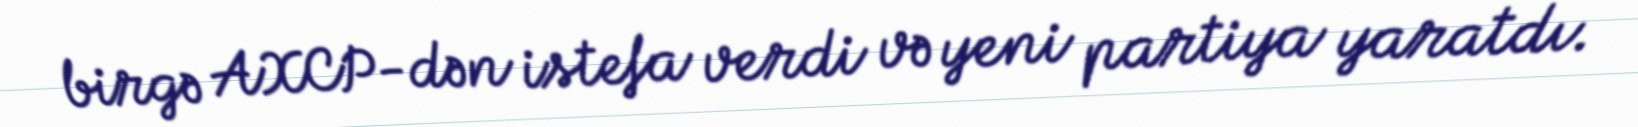
birgə AXCP-dən istefa verdi və yeni partiya yaratdı.